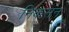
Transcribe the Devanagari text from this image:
निकसन